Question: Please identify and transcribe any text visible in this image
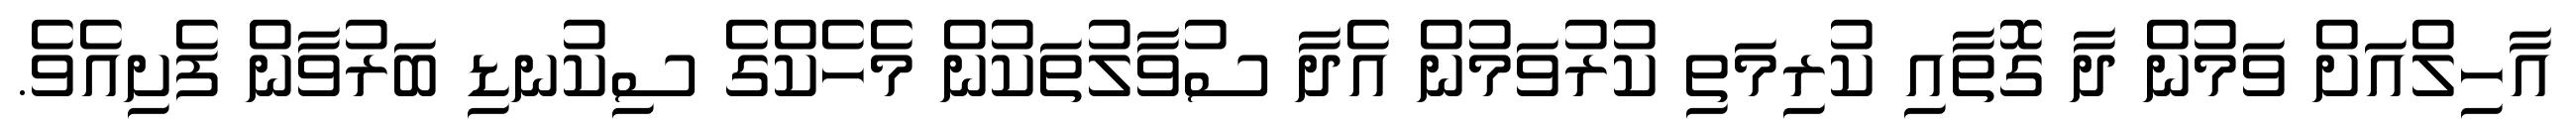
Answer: އާހިލްއަށް ވަމުން ދާ ގޮތާއި ކުރިމަތި ކުރުވަމުން އެދާ ސުވާލުތަކުން މެހެކްގެ ސިކުނޑި ބަރުވާން ފެށިއެވެ.